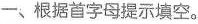
一、根据首字母提示填空.